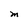
Character: M